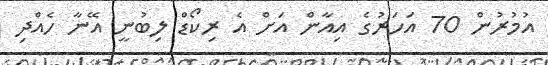
އުމުރުން 70 އަހަރުގެ އިއާން އަށް އެ ރިކޯޑް ލިބުނީ އޭނާ ހެއްދި